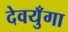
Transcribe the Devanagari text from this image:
देवयुँगा